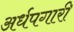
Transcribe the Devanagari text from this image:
अर्धपगारी